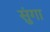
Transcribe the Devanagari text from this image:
सुंगा